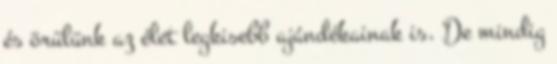
és örülünk az élet legkisebb ajándékainak is. De mindig